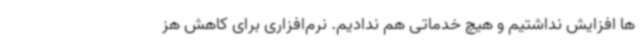
ها افزایش نداشتیم و هیچ خدماتی هم ندادیم. نرم‌افزاری برای کاهش هز